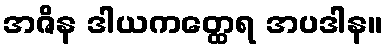
အဇိန ဒါယကတ္ထေရ အပဒါန။